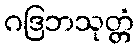
ဂဒြဘသုတ္တံ